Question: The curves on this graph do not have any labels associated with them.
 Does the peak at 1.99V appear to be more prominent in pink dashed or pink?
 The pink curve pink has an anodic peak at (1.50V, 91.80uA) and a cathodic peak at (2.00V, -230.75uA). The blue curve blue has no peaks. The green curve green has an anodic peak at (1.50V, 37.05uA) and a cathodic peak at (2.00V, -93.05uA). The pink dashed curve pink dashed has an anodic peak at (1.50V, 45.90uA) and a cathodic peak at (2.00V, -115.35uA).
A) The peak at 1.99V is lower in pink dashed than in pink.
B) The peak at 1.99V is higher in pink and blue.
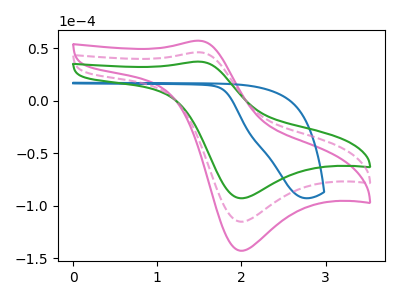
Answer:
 <answer>A) The peak at 1.99V is lower in "pink dashed" than in "pink".</answer>
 <eval>A</eval>